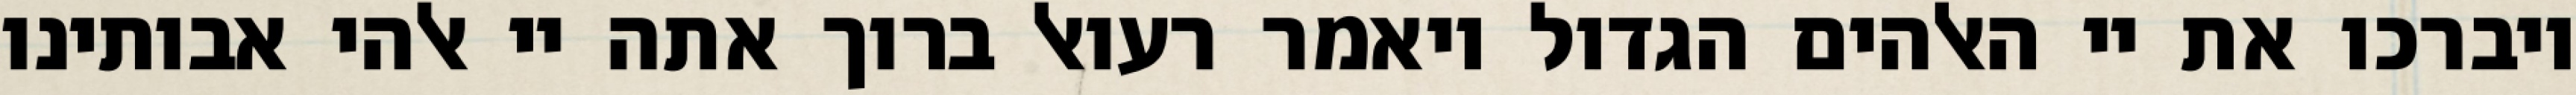
ויברכו את יי האלהים הגדול ויאמר רעואל ברוך אתה יי אלהי אבותינו